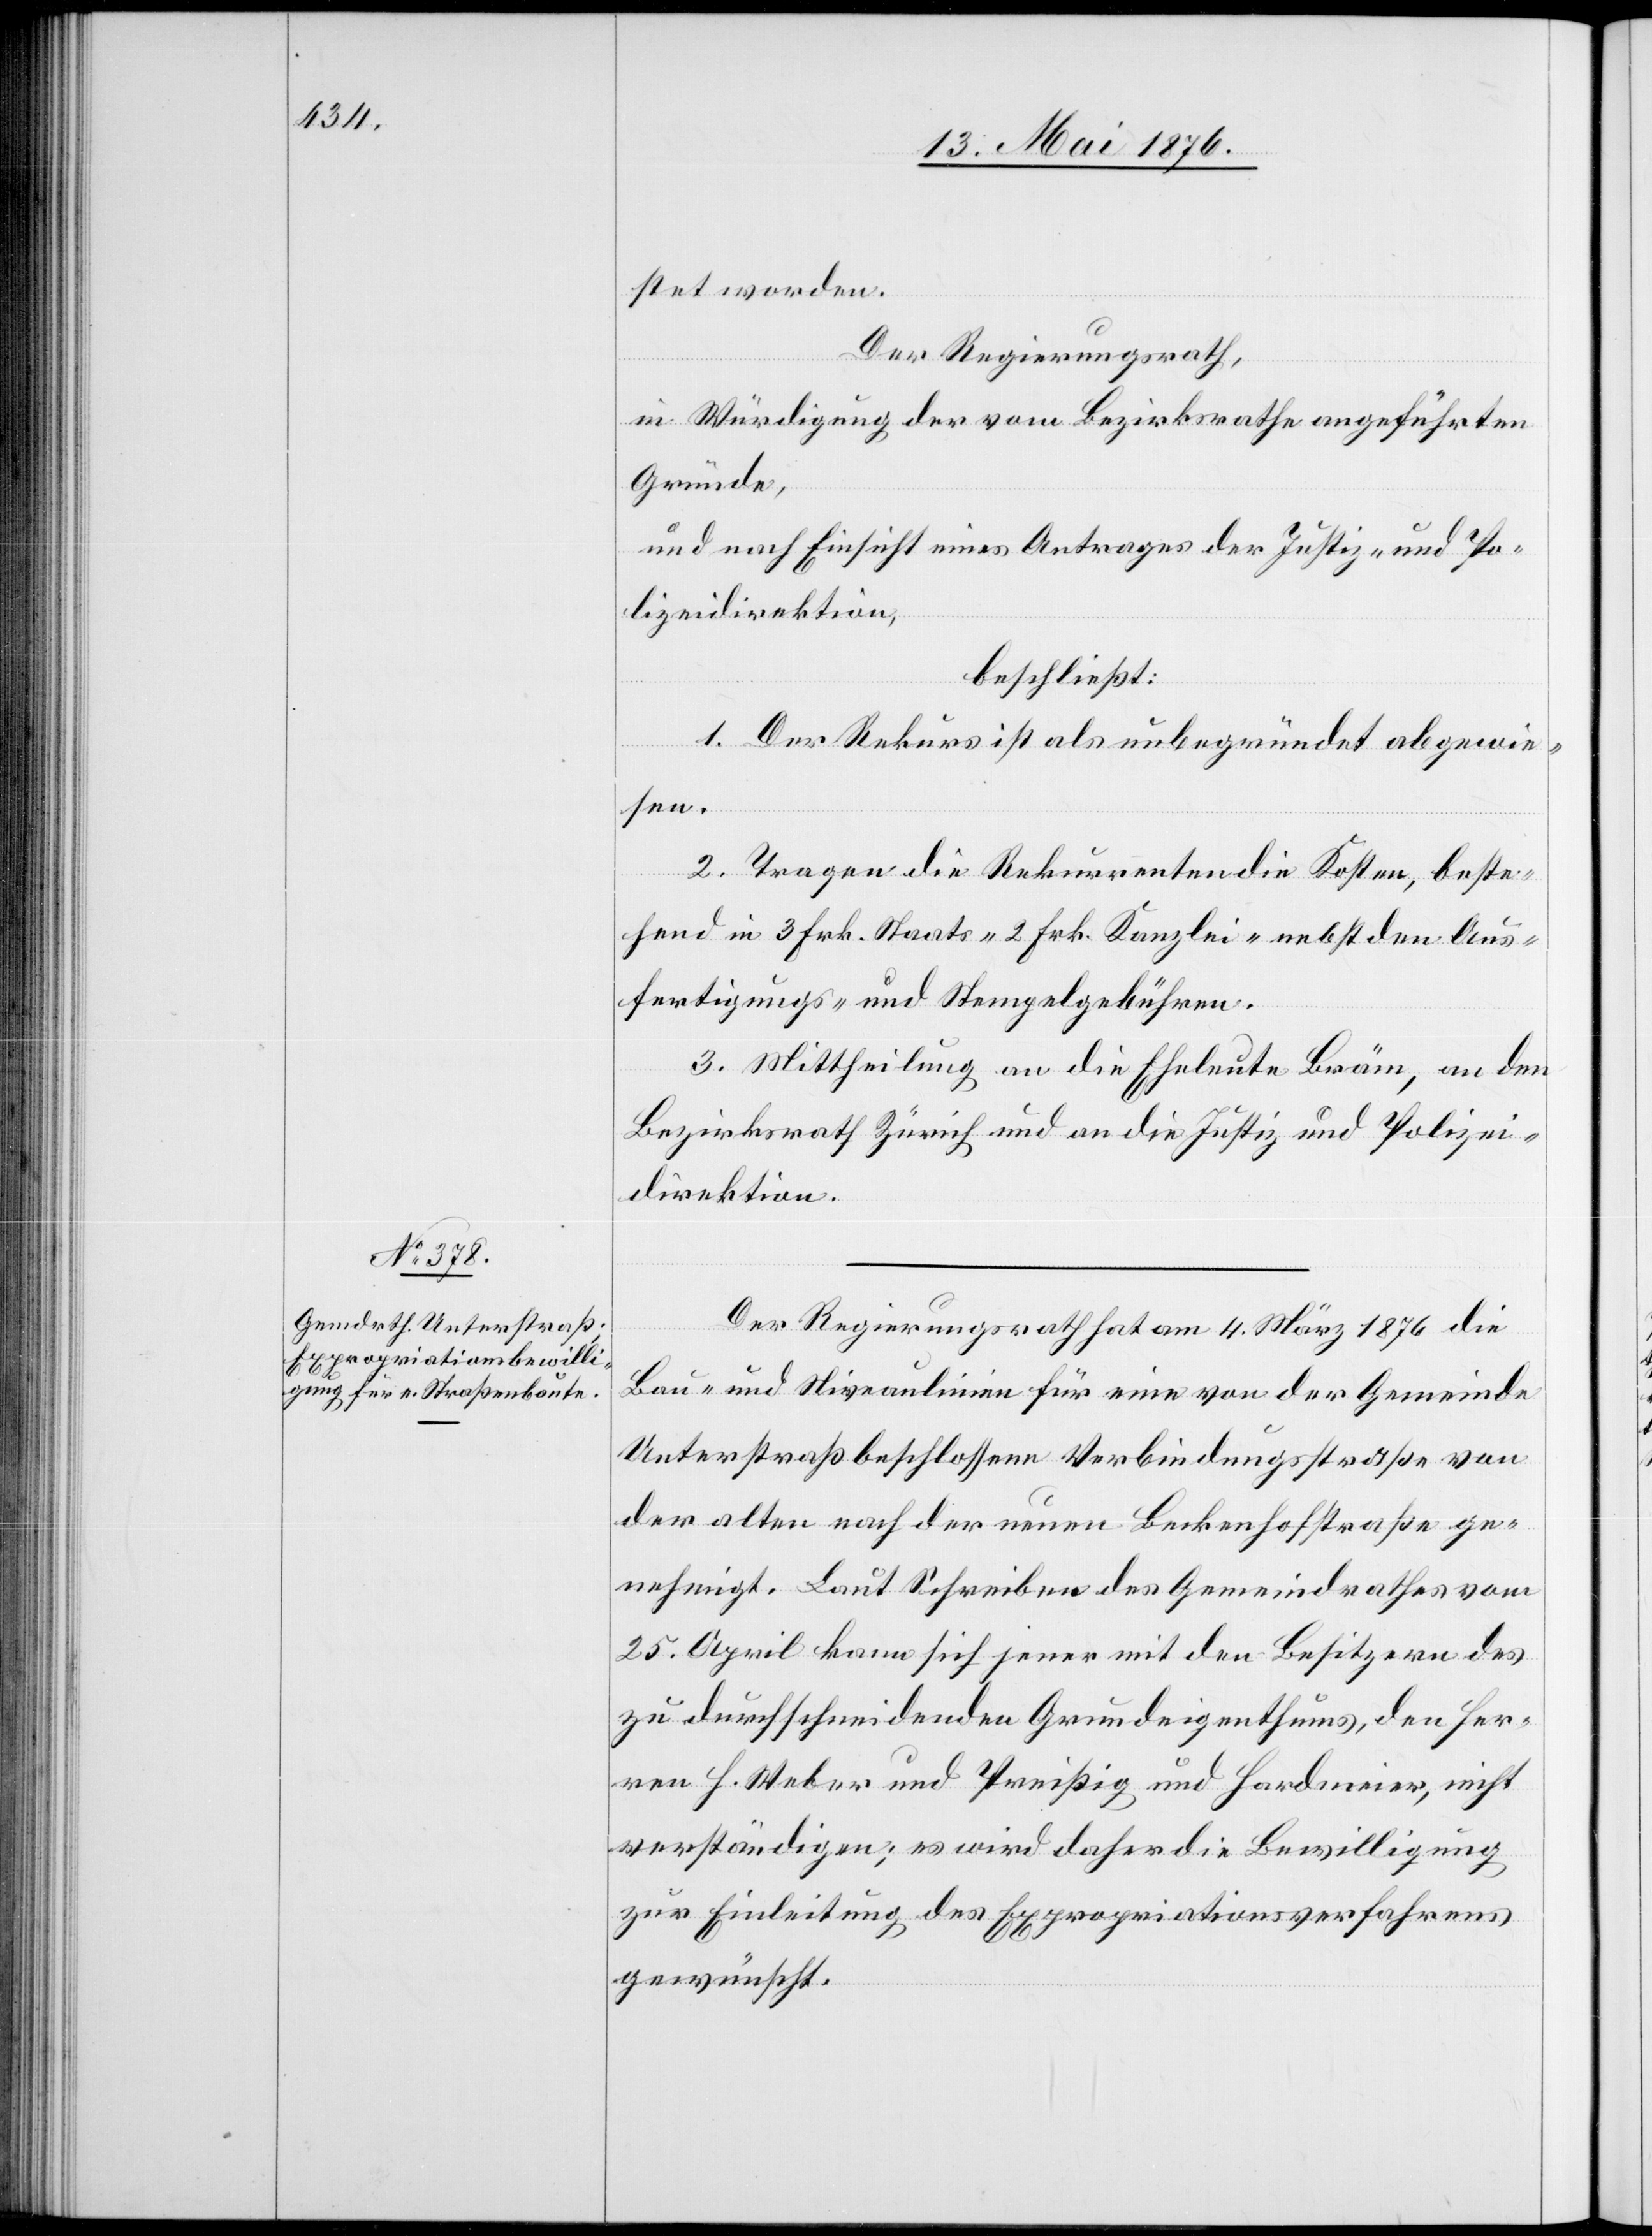
stet worden.
Der Regierungsrath,
in Würdigung der vom Bezirksrathe angeführten
Gründe,
und nach Einsicht eines Antrages der Justiz- und Po¬
lizeidirektion,
beschließt:
1. Der Rekurs ist als unbegründet abgewie¬
sen.
2. Tragen die Rekurrenten die Kosten, beste¬
hend in 3 Frk. Staats- 2 Frk. Kanzlei- nebst den Aus¬
fertigungs- und Stempelgebühren.
3. Mittheilung an die Eheleute Bräm, an den
Bezirksrath Zürich und an die Justiz- und Polizei¬
direktion.
Der Regierungsrath hat am 4. März 1876 die
Bau- und Niveaulinien für eine von der Gemeinde
Unterstraß beschlossene Verbindungsstraße von
der alten nach der neuen Beckenhofstraße ge¬
nehmigt. Laut Schreiben des Gemeindrathes vom
25. April kann sich jener mit den Besitzern des
zu durchschneidenden Grundeigenthums, den Her¬
ren H. Weber und Preißig und Hardmeier, nicht
verständigen; es wird daher die Bewilligung
zur Einleitung des Expropriationsverfahrens
gewünscht.